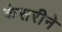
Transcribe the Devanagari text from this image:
केसरीने